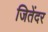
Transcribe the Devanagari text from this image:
जितेंदर